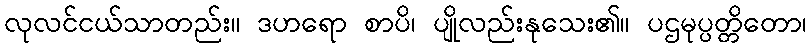
လုလင်ငယ်သာတည်း။ ဒဟရော စာပိ၊ ပျိုလည်းနုသေး၏။ ပဌမုပ္ပတ္တိတော၊